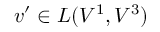
v ^ { \prime } \in L ( V ^ { 1 } , V ^ { 3 } )